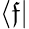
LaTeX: \langle\mathfrak{f}\vert